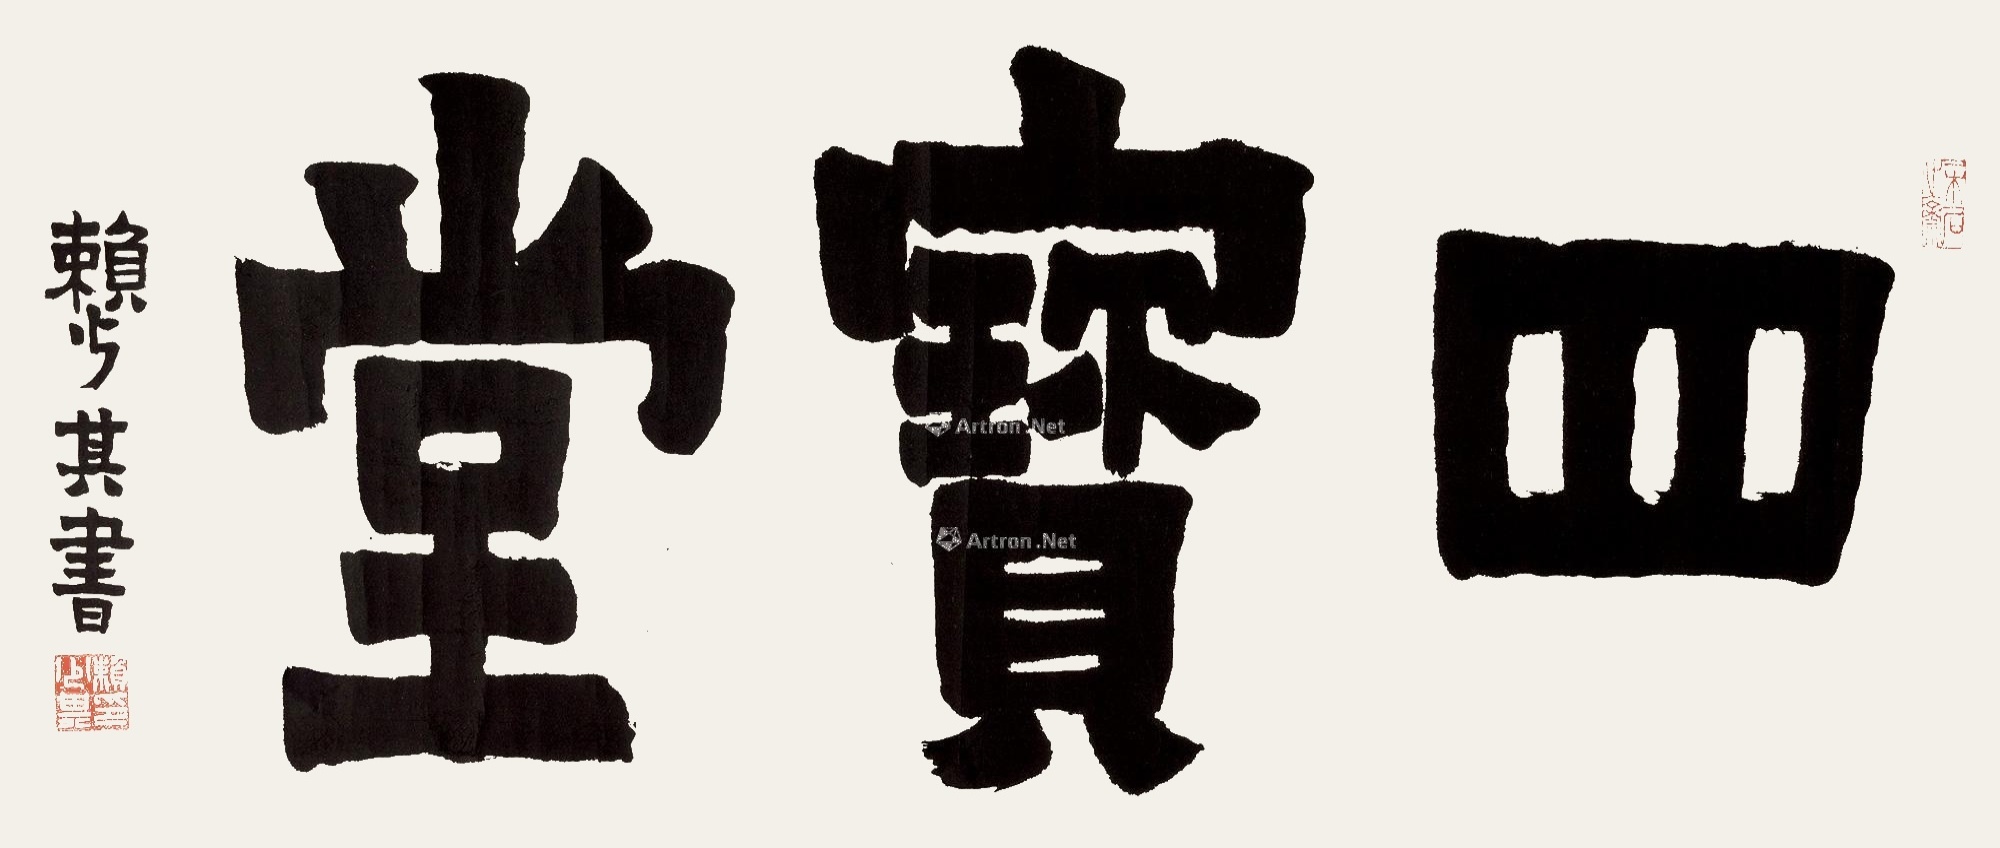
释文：四宝堂。赖少其书